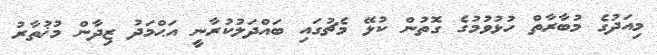
މިއަދުގެ މުބާރާތް ހުޅުވުމުގެ ގޮތުން ކުޅޭ މެޗުގައި ބައްދަލުކުރާނީ އަޙްމަދު ޒިދާން މުޚުތާރު